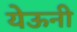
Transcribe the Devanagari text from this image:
येऊनी